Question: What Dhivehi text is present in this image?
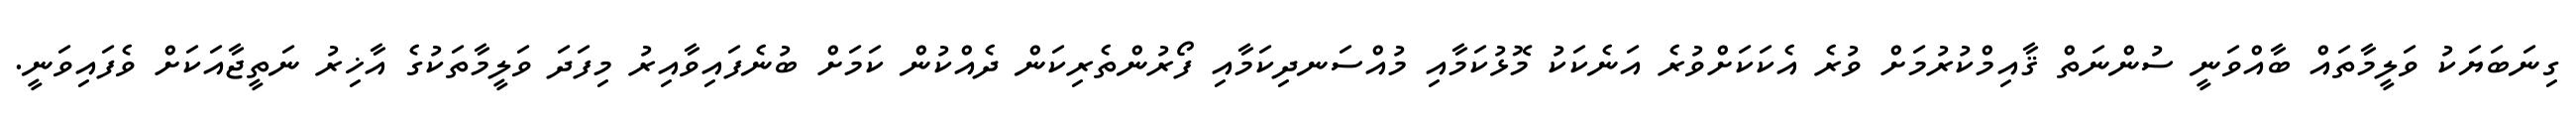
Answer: ގިނަބަޔަކު ވަލީމާތައް ބާއްވަނީ ސުންނަތް ޤާއިމްކުރުމަށް ވުރެ އެކަކަށްވުރެ އަނެކަކު މޮޅުކަމާއި މުއްސަނދިކަމާއި ފޯރުންތެރިކަން ދެއްކުން ކަމަށް ބުނެފައިވާއިރު މިފަދަ ވަލީމާތަކުގެ އާޚިރު ނަތީޖާއަކަށް ވެފައިވަނީ.